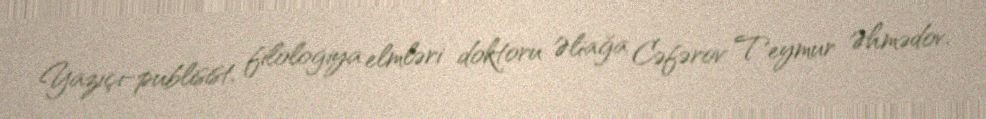
Yazıçı-publisist, filologiya elmləri doktoru Əliağa Cəfərov Teymur Əhmədov.